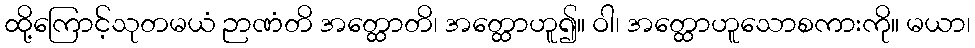
ထို့ကြောင့်သုတမယံ ဉာဏံတိ အတ္ထောတိ၊ အတ္ထောဟူ၍။ ဝါ၊ အတ္ထောဟူသောစကားကို။ မယာ၊